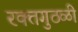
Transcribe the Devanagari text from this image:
रक्तगुठळी